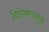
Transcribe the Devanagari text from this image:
विनिमयामुळे